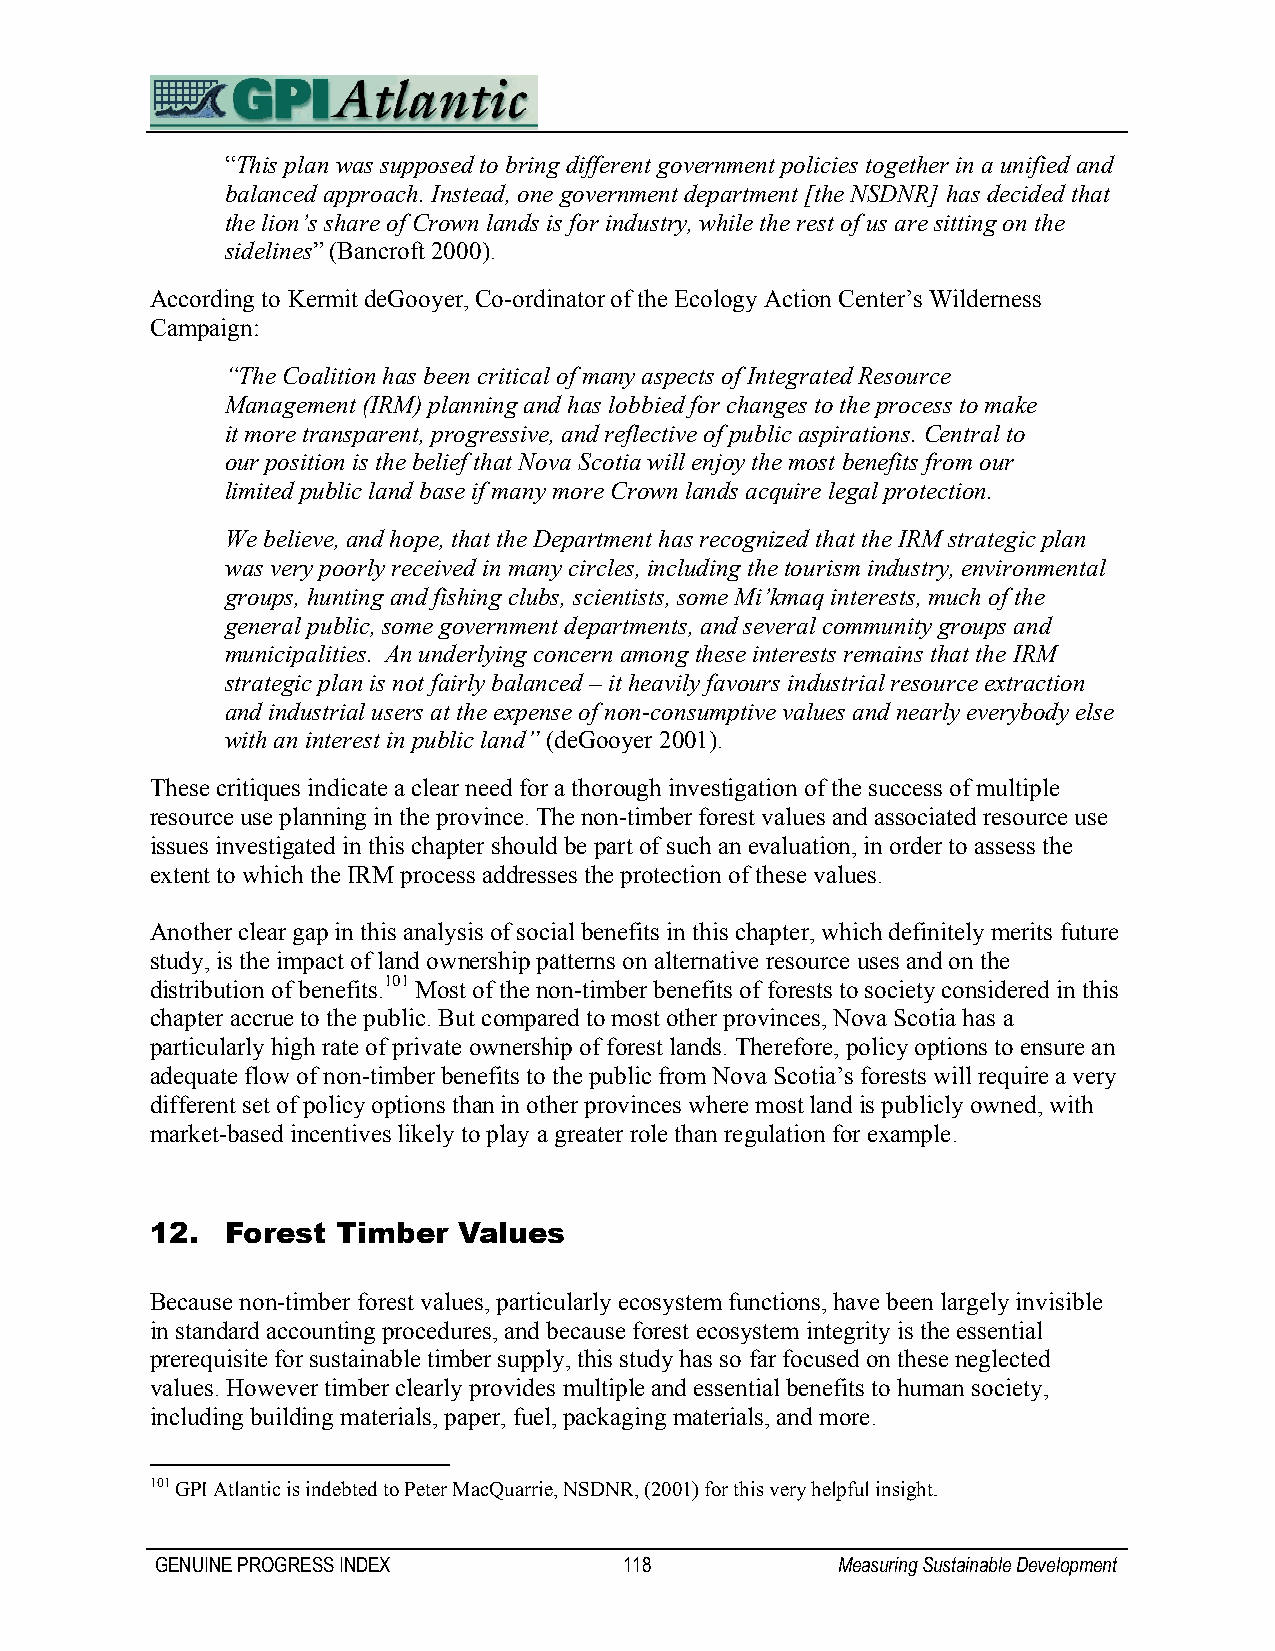
“This plan was supposed to bring different government policies together in a unified and
 balanced approach. Instead, one government department [the NSDNR] has decided that
 the lion’s share of Crown lands is for industry, while the rest of us are sitting on the
 sidelines” (Bancroft 2000).
 According to Kermit deGooyer, Co-ordinator of the Ecology Action Center’s Wilderness
 Campaign:
 “The Coalition has been critical of many aspects of Integrated Resource
 Management (IRM) planning and has lobbied for changes to the process to make
 it more transparent, progressive, and reflective of public aspirations. Central to
 our position is the belief that Nova Scotia will enjoy the most benefits from our
 limited public land base if many more Crown lands acquire legal protection.
 We believe, and hope, that the Department has recognized that the IRM strategic plan
 was very poorly received in many circles, including the tourism industry, environmental
 groups, hunting and fishing clubs, scientists, some Mi’kmaq interests, much of the
 general public, some government departments, and several community groups and
 municipalities. An underlying concern among these interests remains that the IRM
 strategic plan is not fairly balanced – it heavily favours industrial resource extraction
 and industrial users at the expense of non-consumptive values and nearly everybody else
 with an interest in public land” (deGooyer 2001).
 These critiques indicate a clear need for a thorough investigation of the success of multiple
 resource use planning in the province. The non-timber forest values and associated resource use
 issues investigated in this chapter should be part of such an evaluation, in order to assess the
 extent to which the IRM process addresses the protection of these values.
 Another clear gap in this analysis of social benefits in this chapter, which definitely merits future
 study, is the impact of land ownership patterns on alternative resource uses and on the
 distribution of benefits.101 Most of the non-timber benefits of forests to society considered in this
 chapter accrue to the public. But compared to most other provinces, Nova Scotia has a
 particularly high rate of private ownership of forest lands. Therefore, policy options to ensure an
 adequate flow of non-timber benefits to the public from Nova Scotia’s forests will require a very
 different set of policy options than in other provinces where most land is publicly owned, with
 market-based incentives likely to play a greater role than regulation for example.
 12.  Forest Timber  Values
 Because non-timber forest values, particularly ecosystem functions, have been largely invisible
 in standard accounting procedures, and because forest ecosystem integrity is the essential
 prerequisite for sustainable timber supply, this study has so far focused on these neglected
 values. However timber clearly provides multiple and essential benefits to human society,
 including building materials, paper, fuel, packaging materials, and more.
 101 GPI Atlantic is indebted to Peter MacQuarrie, NSDNR, (2001) for this very helpful insight.
 GENUINE PROGRESS INDEX         118           Measuring Sustainable Development